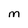
Character: M